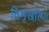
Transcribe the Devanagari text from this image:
विशृंखलित